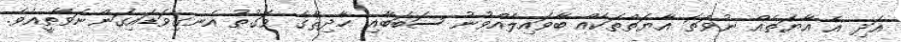
އަދި އެ އާޔަތެއް ނުވަތަ އާޔަތްތަކެއް ބާވައިލެއްވުނު ސަބަބާއި ޙާދިޘާގެ ވަގުތު އެނގިވަޑައިގަންނަވާތީއެވެ.